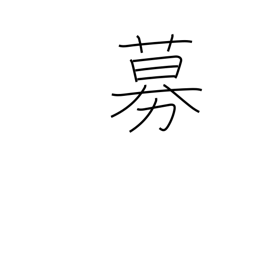
Meaning: grow violent